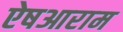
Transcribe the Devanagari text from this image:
ऐषआराम